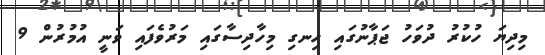
މިދިޔަ ހުކުރު ދުވަހު ޖަޕާނުގައި ހިނގި މިހާދިސާގައި މަރުވެފައި ވަނީ އުމުރުން 9